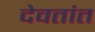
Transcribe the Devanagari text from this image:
देवतांत